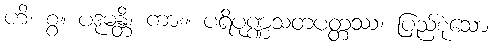
ဟိ၊ စွ။ ပဒုမန္တိ၊ ကား။ ပရိပုဏ္ဏသတပတ္တဿ၊ ပြည့်စုံသော